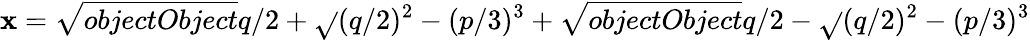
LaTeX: \mathbf{x}={\sqrt{{{objectObject}}}{{q/2+{\sqrt{}{{(q/2)^{2}-(p/3)^{3}}}}}}}+{\sqrt{{{objectObject}}}{{q/2-{\sqrt{}{{(q/2)^{2}-(p/3)^{3}}}}}}}